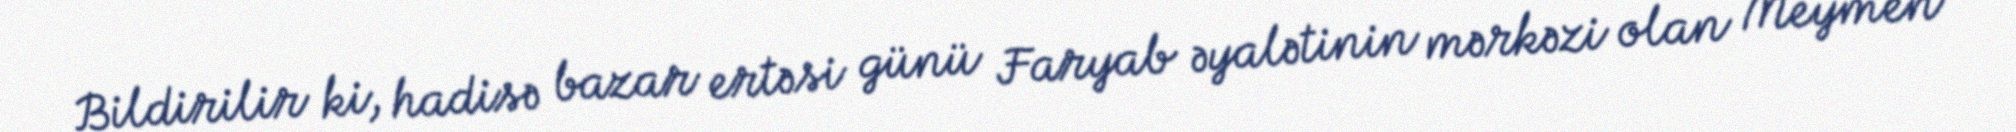
Bildirilir ki, hadisə bazar ertəsi günü Faryab əyalətinin mərkəzi olan Meymen